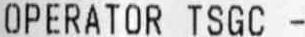
OPERATOR TSGC -